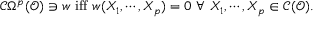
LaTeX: { \mathcal { C } } \Omega ^ { p } ( { \mathcal { O } } ) \ni w { \mathrm { ~ i f f ~ } } w ( X _ { 1 } , \cdots , X _ { p } ) = 0 ~ \forall ~ X _ { 1 } , \cdots , X _ { p } \in { \mathcal { C } } ( { \mathcal { O } } ) .